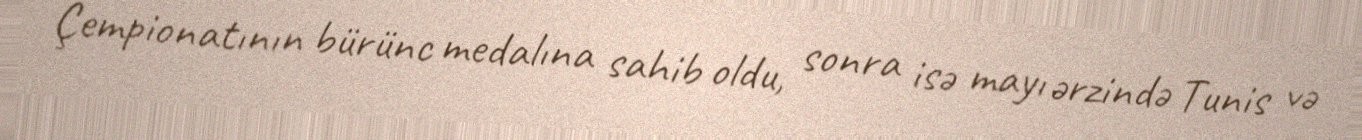
Çempionatının bürünc medalına sahib oldu, sonra isə mayı ərzində Tunis və